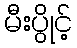
မီးပွိုင့်